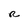
Character: R